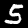
Digit: 5